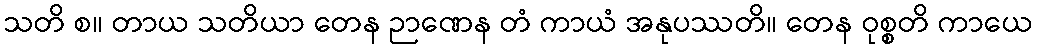
သတိ စ။ တာယ သတိယာ တေန ဉာဏေန တံ ကာယံ အနုပဿတိ။ တေန ဝုစ္စတိ ကာယေ